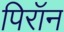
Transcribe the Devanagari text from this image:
पिरॉन